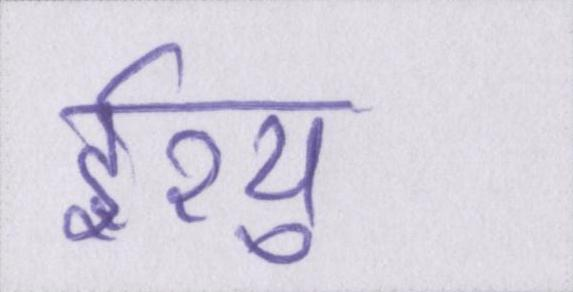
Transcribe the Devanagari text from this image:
ईश्यु